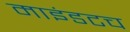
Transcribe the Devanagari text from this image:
माइंडटच